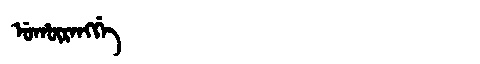
Manchu: ᡠᡥᡡᡵᠠᠩᡤᡝ
Romanization: UHŪRANGGE